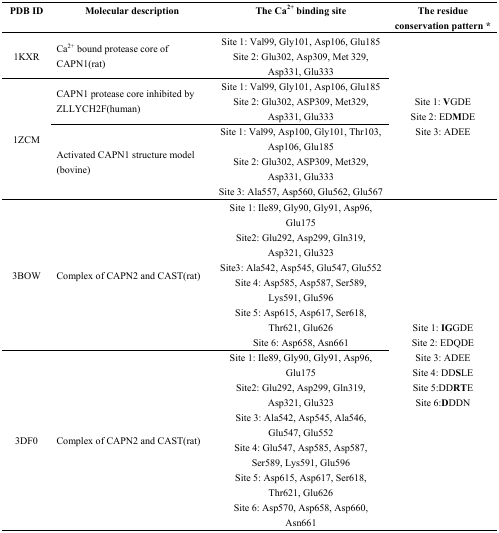
| PDB ID | Molecular description | The Ca2+ binding site | The residue conservation pattern * |
 | --- | --- | --- | --- |
 | 1KXR | Ca2+ bound protease core of CAPN1(rat) | Site 1: Val99, Gly101, Asp106, Glu185Site 2: Glu302, Asp309, Met 329, Asp331, Glu333 | <ROWSPAN=3> Site 1: VGDESite 2: EDMDESite 3: ADEE |
 | <ROWSPAN=2> 1ZCM | CAPN1 protease core inhibited by ZLLYCH2F(human) | Site 1: Val99, Gly101, Asp106, Glu185Site 2: Glu302, ASP309, Met329, Asp331, Glu333 |
 | Activated CAPN1 structure model (bovine) | Site 1: Val99, Asp100, Gly101, Thr103, Asp106, Glu185Site 2: Glu302, ASP309, Met329, Asp331, Glu333Site 3: Ala557, Asp560, Glu562, Glu567 |
 | 3BOW | Complex of CAPN2 and CAST(rat) | Site 1: Ile89, Gly90, Gly91, Asp96, Glu175Site2: Glu292, Asp299, Gln319, Asp321, Glu323Site3: Ala542, Asp545, Glu547, Glu552Site 4: Asp585, Asp587, Ser589, Lys591, Glu596Site 5: Asp615, Asp617, Ser618, Thr621, Glu626Site 6: Asp658, Asn661 | <ROWSPAN=2> Site 1: IGGDESite 2: EDQDESite 3: ADEESite 4: DDSLESite 5:DDRTESite 6:DDDN |
 | 3DF0 | Complex of CAPN2 and CAST(rat) | Site 1: Ile89, Gly90, Gly91, Asp96, Glu175Site2: Glu292, Asp299, Gln319, Asp321, Glu323Site 3: Ala542, Asp545, Ala546, Glu547, Glu552Site 4: Glu547, Asp585, Asp587, Ser589, Lys591, Glu596Site 5: Asp615, Asp617, Ser618, Thr621, Glu626Site 6: Asp570, Asp658, Asp660, Asn661 |